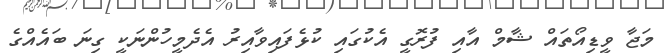
މަޖާ ވީޑިއޯތައް ޝާމް އާއި ފުރޮގީ އެކުގައި ކުޅެފައިވާއިރު އެދެމީހުންނަކީ ގިނަ ބައެއްގެ